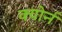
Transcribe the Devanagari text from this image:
क्योर्न